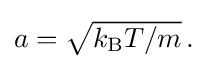
{\textstyle a={\sqrt {k_{\text{B}}T/m}}\,.}